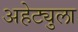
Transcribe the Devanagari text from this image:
अहेट्युला